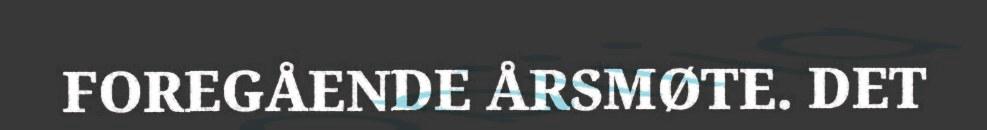
FOREGÅENDE ÅRSMØTE. DET